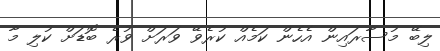
ލިބޭ މުސާރައިން އެހެން ކަމެއް ކުރެވޭ ވަރަށް ވުރެ ބޮޑަށް ކުލި މާ